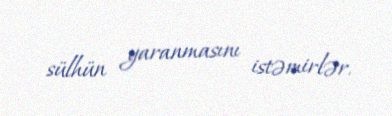
sülhün yaranmasını istəmirlər.